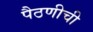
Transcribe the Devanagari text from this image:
पैठणीची